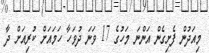
މިއަދުން ފެށިގެން އަންނަ މަހުގެ 17 ވަނަ ދުވަހާ ހަމައަށް ކުރިއަށް ދާ